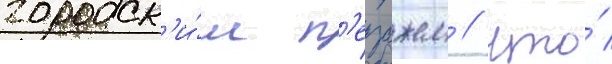
городск'и́м п'еизажем / что́